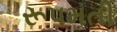
રૂપમતી